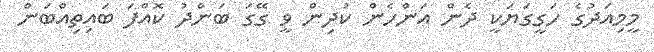
މީމިއަދުގެ ހަގީގަޔަކީ ދެން އަންހެން ކުދިން ވީ ގޭގަ ބަންދު ކޮއްފަ ބައިތިއްބަން